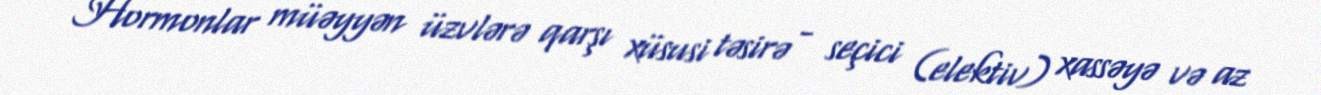
Hormonlar müəyyən üzvlərə qarşı xüsusi təsirə - seçici (elektiv) xassəyə və az